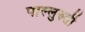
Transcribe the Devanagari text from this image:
पाल्लुरुती